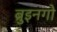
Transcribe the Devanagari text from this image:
ब्रुइनगो